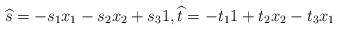
LaTeX: \begin{align*}\widehat{s}=-s_1x_1 - s_2 x_2 + s_3 1,\widehat{t}= -t_1 1 + t_2 x_2 - t_3 x_1\end{align*}